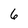
Character: 6